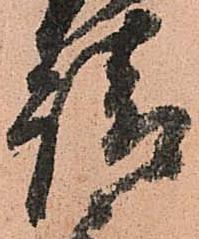
請